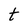
Character: t